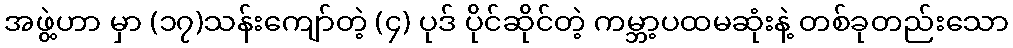
အဖွဲ့ဟာ မှာ (၁၇)သန်းကျော်တဲ့ (၄) ပုဒ် ပိုင်ဆိုင်တဲ့ ကမ္ဘာ့ပထမဆုံးနဲ့ တစ်ခုတည်းသော